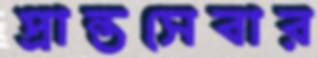
প্রান্তসেবার